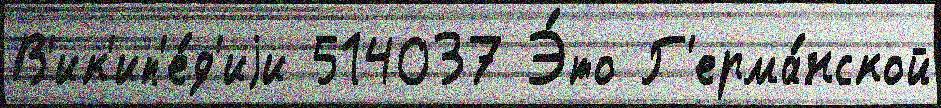
В'ик'ип'е́д'иjи 514037 Э́то Г'ерма́нской